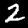
Digit: 2